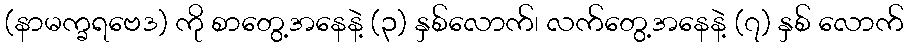
(နာမက္ခရဗေဒ) ကို စာတွေ့အနေနဲ့ (၃) နှစ်လောက်၊ လက်တွေ့အနေနဲ့ (၇) နှစ် လောက်